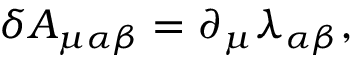
\delta A _ { \mu \alpha \beta } = \partial _ { \mu } \lambda _ { \alpha \beta } ,